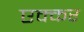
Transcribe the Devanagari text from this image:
एक्कर